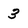
Character: 3